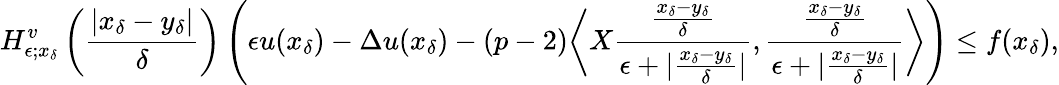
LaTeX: H_{\epsilon;x_{\delta}}^{v}\left(\frac{|x_{\delta}-y_{\delta}|}{\delta}\right)\left(\epsilon u(x_{\delta})-\Delta u(x_{\delta})-(p-2)\bigg\langle X\frac{\frac{x_{\delta}-y_{\delta}}{\delta}}{\epsilon+|\frac{x_{\delta}-y_{\delta}}{\delta}|},\frac{\frac{x_{\delta}-y_{\delta}}{\delta}}{\epsilon+|\frac{x_{\delta}-y_{\delta}}{\delta}|}\bigg\rangle\right)\leq f(x_{\delta}),